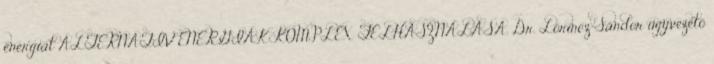
energiát ALTERNATÍV ENERGIÁK KOMPLEX FELHASZNÁLÁSA. Dr. Lőrincz Sándor ügyvezető